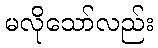
မလိုသော်လည်း